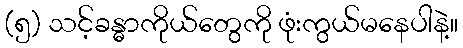
(၅) သင့်ခန္ဓာကိုယ်တွေကို ဖုံးကွယ်မနေပါနဲ့။